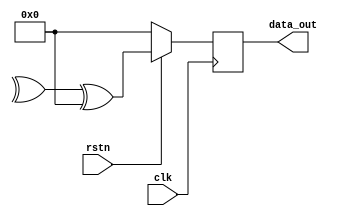
module awgn_taus #(
    parameter urng_seed1 = 32'd5030521883283424767,
    parameter urng_seed2 = 32'd18445829279364155008,
    parameter urng_seed3 = 32'd18436106298727503359,
    parameter urng_seed4 = 32'hFFFFFFFE,
    parameter urng_seed5 = 32'hFFFFFFF8,
    parameter urng_seed6 = 32'hFFFFFFF4
)
(
    // System signals
    input clk,                    // system clock
    input rstn,                   // system synchronous reset, active low
 
    // Data interface
    output reg [31:0] data_out    // output data
);
 
// Local variables
reg [31:0] z1, z2, z3;
wire [31:0] z1_next, z2_next, z3_next,b,c,d;
 
 
// Update state
assign b = (((Z1 << 13) ^ Z1) >> 19);
assign Z1_next = (((Z1 & urng_seed4) << 12) ^ b);
assign c  = (((Z2 <<  2) ^ Z2) >> 25);
assign Z2_next = (((Z2 & urng_seed5) <<  4) ^ b);
assign d  = (((Z3 <<  3) ^ Z3) >> 11);
assign Z3_next = (((Z3 & urng_seed6) << 17) ^ b);

 
always @ (posedge clk) begin
    if (!rstn) begin
        z1 <= urng_seed1;
        z2 <= urng_seed2;
        z3 <= urng_seed3;
    end
    else begin
        z1 <= z1_next;
        z2 <= z2_next;
        z3 <= z3_next;
    end
end
 
 
always @ (posedge clk) begin
    if (!rstn)
        data_out <= 64'd0;
    else
        data_out <= z1_next ^ z2_next ^ z3_next;
end
 
 
endmodule